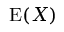
\operatorname { E } ( X )